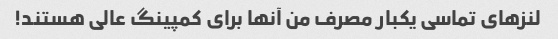
لنزهای تماسی یکبار مصرف من آنها برای کمپینگ عالی هستند!